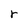
Character: r